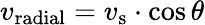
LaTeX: v_{\mathrm{radial}}=v_{\mathrm{s}}\cdot\cos{\theta}